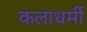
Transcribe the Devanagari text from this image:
कलाधर्मी